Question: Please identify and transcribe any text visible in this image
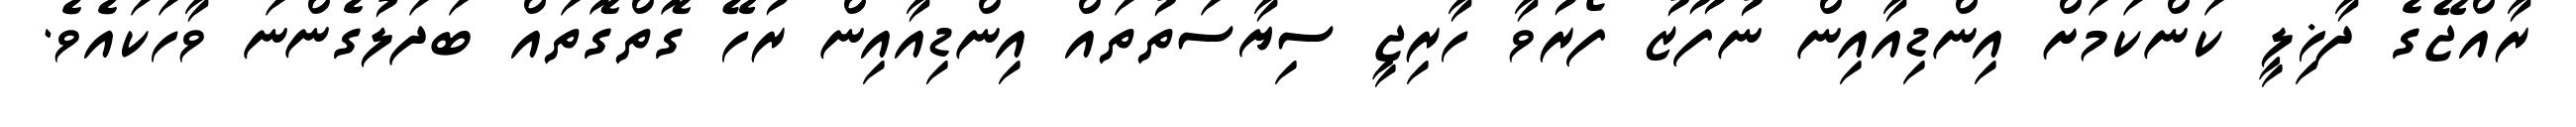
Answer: ރާއްޖޭގެ ދާޚިލީ ކަންކަމަށް އިންޑިއާއިން ނުފޫޒު ފޯރުވާ ހާރިޖީ ސިޔާސަތުތައް އިންޑިއާއިން ރުހޭ ގޮތްގޮތައް ބަދަލުގެންނަ ވާހަކައެވެ.